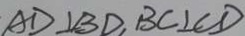
A D \bot B D , B C \bot C D